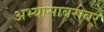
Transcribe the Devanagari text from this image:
अभ्यासाबरोबर